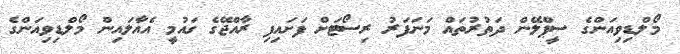
މޯލްޑިވިއަންގެ ސީޕްލޭން ދަތުރުތައް މަނަފަރު ރިސޯޓަށް ފަށައިފި ރާއްޖޭގެ ގައުމީ އެއާލައިން މޯލްޑިވިއަންގެ